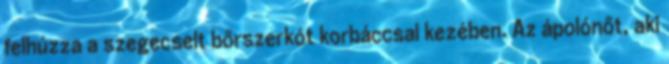
felhúzza a szegecselt bőrszerkót korbáccsal kezében. Az ápolónőt, aki